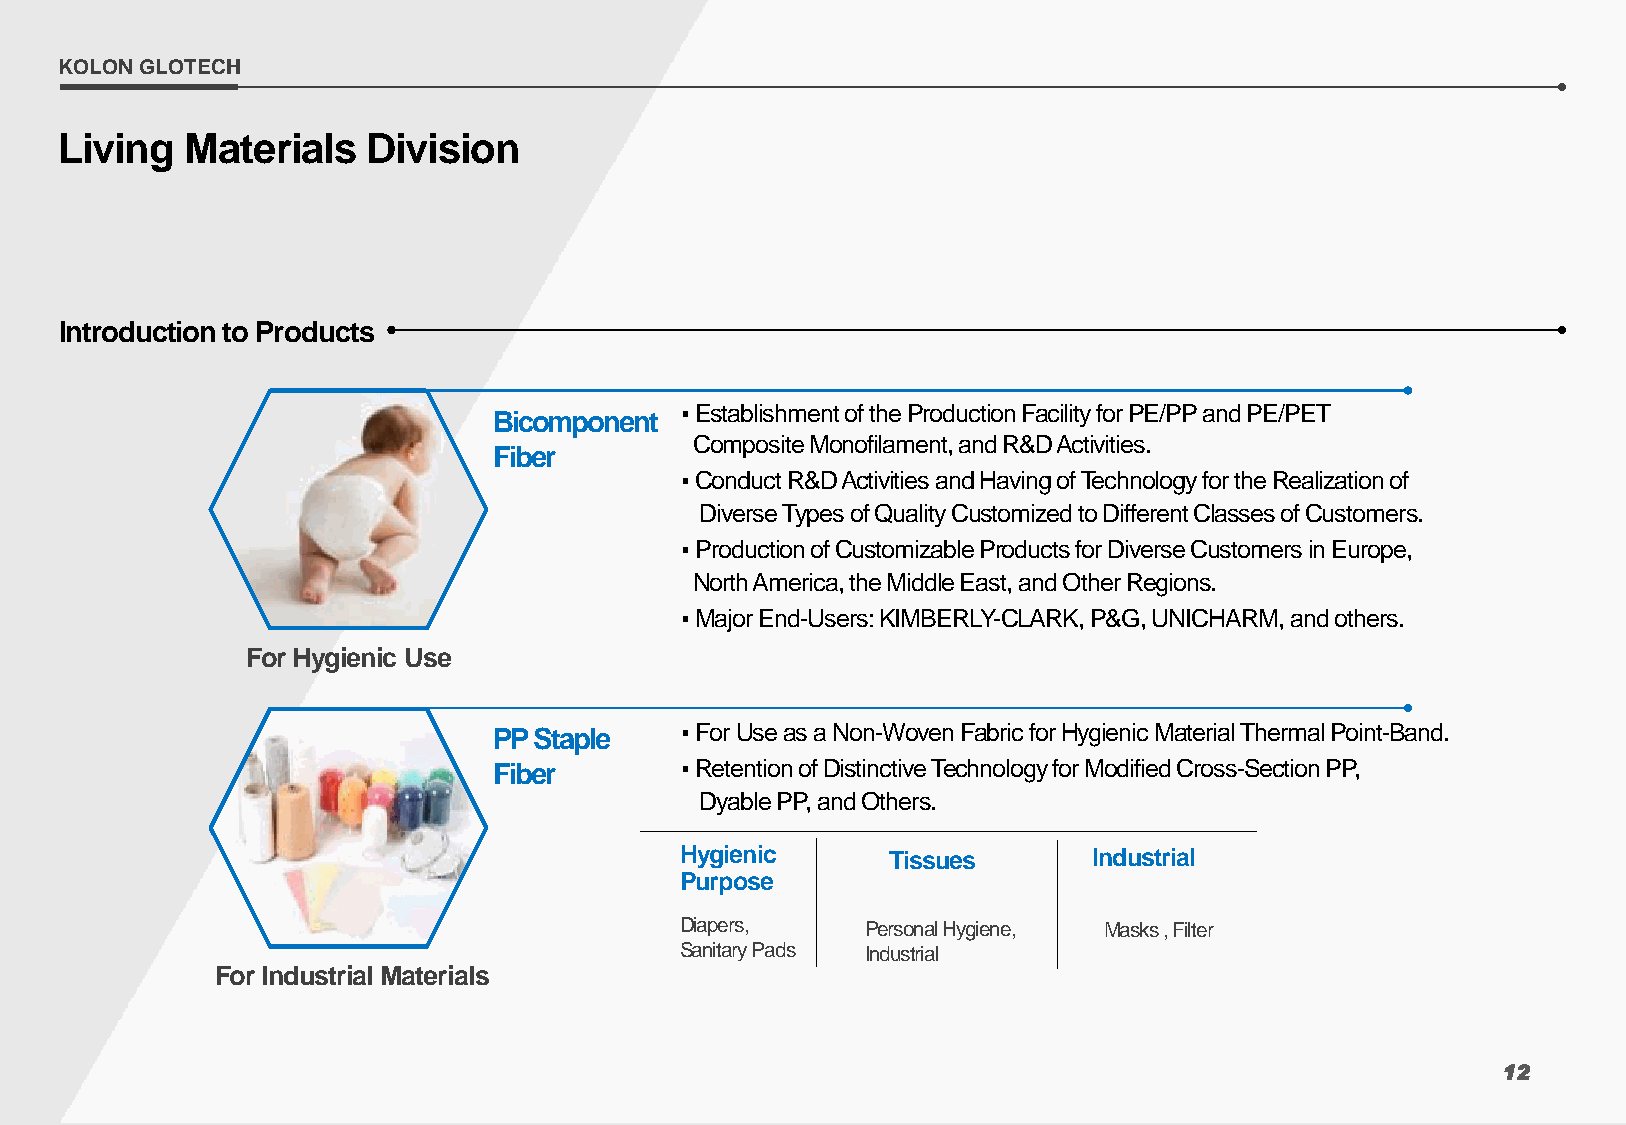
KOLON GLOTECH
 Living  Materials   Division
 Introduction to Products
 ▪Establishment of the Production Facility for PE/PP and PE/PET
 Bicomponent
 Composite Monofilament, and R&D Activities.
 Fiber
 ▪Conduct R&D Activities and Having of Technology for the Realization of
 Diverse Types of Quality Customized to Different Classes of Customers.
 ▪Production of Customizable Products for Diverse Customers in Europe,
 North America, the Middle East, and Other Regions.
 ▪Major End-Users: KIMBERLY-CLARK, P&G, UNICHARM, and others.
 For Hygienic Use
 PP Staple   ▪For Use as a Non-Woven Fabric for Hygienic Material Thermal Point-Band.
 Fiber       ▪Retention of Distinctive Technology for Modified Cross-Section PP,
 DyablePP, and Others.
 Hygienic      Tissues      Industrial
 Purpose
 Diapers,    Personal Hygiene, Masks , Filter
 Sanitary Pads Industrial
 For Industrial Materials
 12